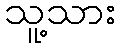
သူ့သား